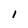
Character: 1